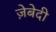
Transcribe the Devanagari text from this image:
ज़ेबेदी